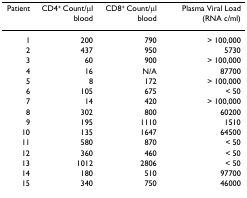
<table><thead><tr><td><b>Patient</b></td><td><b>CD4<sup>+ </sup>Count/μl blood</b></td><td><b>CD8<sup>+ </sup>Count/μl blood</b></td><td><b>Plasma Viral Load (RNA c/ml)</b></td></tr></thead><tbody><tr><td>1</td><td>200</td><td>790</td><td>&gt; 100,000</td></tr><tr><td>2</td><td>437</td><td>950</td><td>5730</td></tr><tr><td>3</td><td>60</td><td>900</td><td>&gt; 100,000</td></tr><tr><td>4</td><td>16</td><td>N/A</td><td>87700</td></tr><tr><td>5</td><td>8</td><td>172</td><td>&gt; 100,000</td></tr><tr><td>6</td><td>105</td><td>675</td><td>&lt; 50</td></tr><tr><td>7</td><td>14</td><td>420</td><td>&gt; 100,000</td></tr><tr><td>8</td><td>302</td><td>800</td><td>60200</td></tr><tr><td>9</td><td>195</td><td>1110</td><td>1510</td></tr><tr><td>10</td><td>135</td><td>1647</td><td>64500</td></tr><tr><td>11</td><td>580</td><td>870</td><td>&lt; 50</td></tr><tr><td>12</td><td>360</td><td>460</td><td>&lt; 50</td></tr><tr><td>13</td><td>1012</td><td>2806</td><td>&lt; 50</td></tr><tr><td>14</td><td>180</td><td>510</td><td>97700</td></tr><tr><td>15</td><td>340</td><td>750</td><td>46000</td></tr></tbody></table>